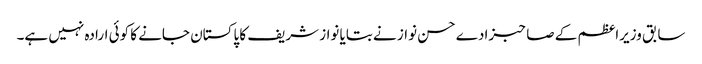
سابق وزیراعظم کے صاحبزادے حسن نواز نے بتایا نواز شریف کا پاکستان جانے کا کوئی ارادہ نہیں ہے۔